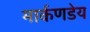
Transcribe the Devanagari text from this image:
मार्कणडेय